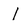
Character: l